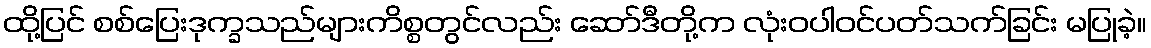
ထို့ပြင် စစ်ပြေးဒုက္ခသည်များကိစ္စတွင်လည်း ဆော်ဒီတို့က လုံးဝပါဝင်ပတ်သက်ခြင်း မပြုခဲ့။